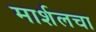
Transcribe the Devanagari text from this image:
मार्शलचा